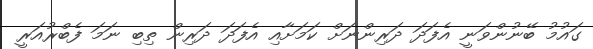
ގައުމު ބޭނުންވަނީ އެފަދަ ދަރިންނަށް ކަމަށާއި އެފަދަ ދަރިން ތިބި ނަމަ ފެބްރުއަރީ